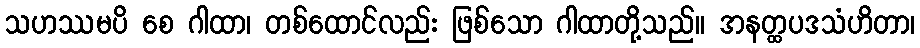
သဟဿမပိ စေ ဂါထာ၊ တစ်ထောင်လည်း ဖြစ်သော ဂါထာတို့သည်။ အနတ္ထပဒသံဟိတာ၊